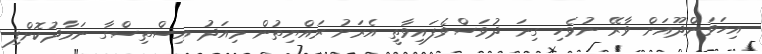
އިހަވަންދޫއަށް ވާރޭ ނުވެހި ގިނަ ދުވަސްވެފައިވާތީ އެރަށު ރައްޔިތުން މިއަދު އިސްތިސްގާ ނަމާދުކޮށްފި